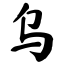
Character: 乌